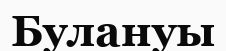
Булануы